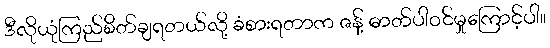
ဒီလိုယုံကြည်စိတ်ချရတယ်လို့ ခံစားရတာက ဇန့် ဓာတ်ပါဝင်မှုကြောင့်ပါ။